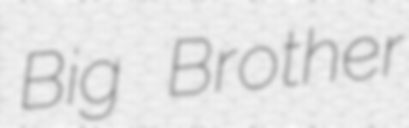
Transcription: Big Brother